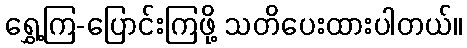
ရွှေ့ကြ-ပြောင်းကြဖို့ သတိပေးထားပါတယ်။